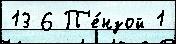
13 6 П'е́нзой 1